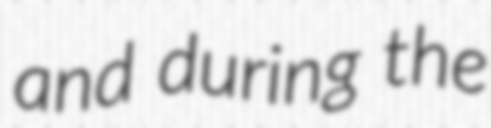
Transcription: and during the